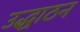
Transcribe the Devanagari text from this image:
उद्धाठन